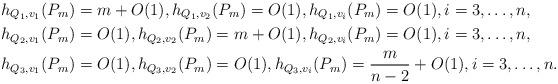
LaTeX: \begin{align*}h_{Q_1,v_1}(P_m)&=m+O(1), h_{Q_1,v_2}(P_m)=O(1), h_{Q_1,v_i}(P_m)=O(1), i=3,\ldots, n,\\h_{Q_2,v_1}(P_m)&=O(1), h_{Q_2,v_2}(P_m)=m+O(1), h_{Q_2,v_i}(P_m)=O(1), i=3,\ldots, n,\\h_{Q_3,v_1}(P_m)&=O(1), h_{Q_3,v_2}(P_m)=O(1), h_{Q_3,v_i}(P_m)=\frac{m}{n-2}+O(1), i=3,\ldots, n.\end{align*}